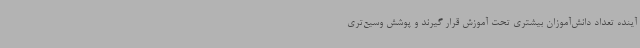
آینده تعداد دانش‌آموزان بیشتری تحت آموزش قرار گیرند و پوشش وسیع‌تری